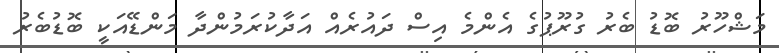
މަޝްހޫރު ބޮޑު ބެރު ގުރޫޕުގެ އެންމެ އިސް ދައުރެއް އަދާކުރަމުންދާ މަންޑޭއަކީ ބޮޑުބެރު